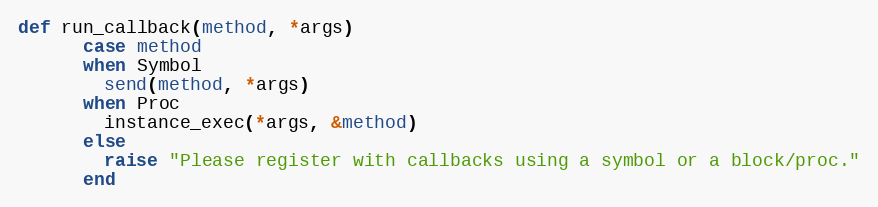
Language: Ruby
def run_callback(method, *args)
      case method
      when Symbol
        send(method, *args)
      when Proc
        instance_exec(*args, &method)
      else
        raise "Please register with callbacks using a symbol or a block/proc."
      end